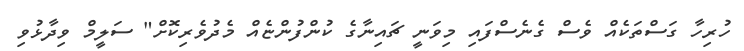
ހުރިހާ ގަސްތަކެއް ވެސް ގެނެސްފައި މިވަނީ ޗައިނާގެ ކުންފުންޏެއް މެދުވެރިކޮށް" ސަލީމް ވިދާޅުވި